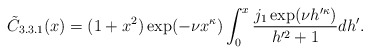
\begin{align*}\tilde{C}_{3.3.1}(x) = (1+x^2) \exp( -\nu x^{\kappa} )\int_{0}^{x} \frac{j_{1}\exp( \nu h'^{\kappa} )}{h'^{2}+1} dh'. \end{align*}